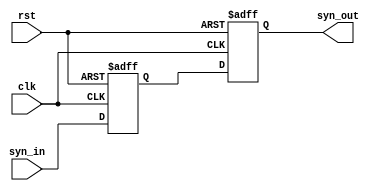
module Synchronizer
#(parameter Width = 5)
 (
    input wire [Width:0] syn_in, 
    input wire clk, rst,
    output reg [Width:0] syn_out
);
reg [Width:0] inter; //intermidiate signal between the 2 FF
    always @(posedge clk or negedge rst) begin
        if(!rst)
        begin
            syn_out<='b0;
            inter <= 'b0;
        end
        else
        begin
            inter <= syn_in;
            syn_out <= inter;
        end
    end
endmodule